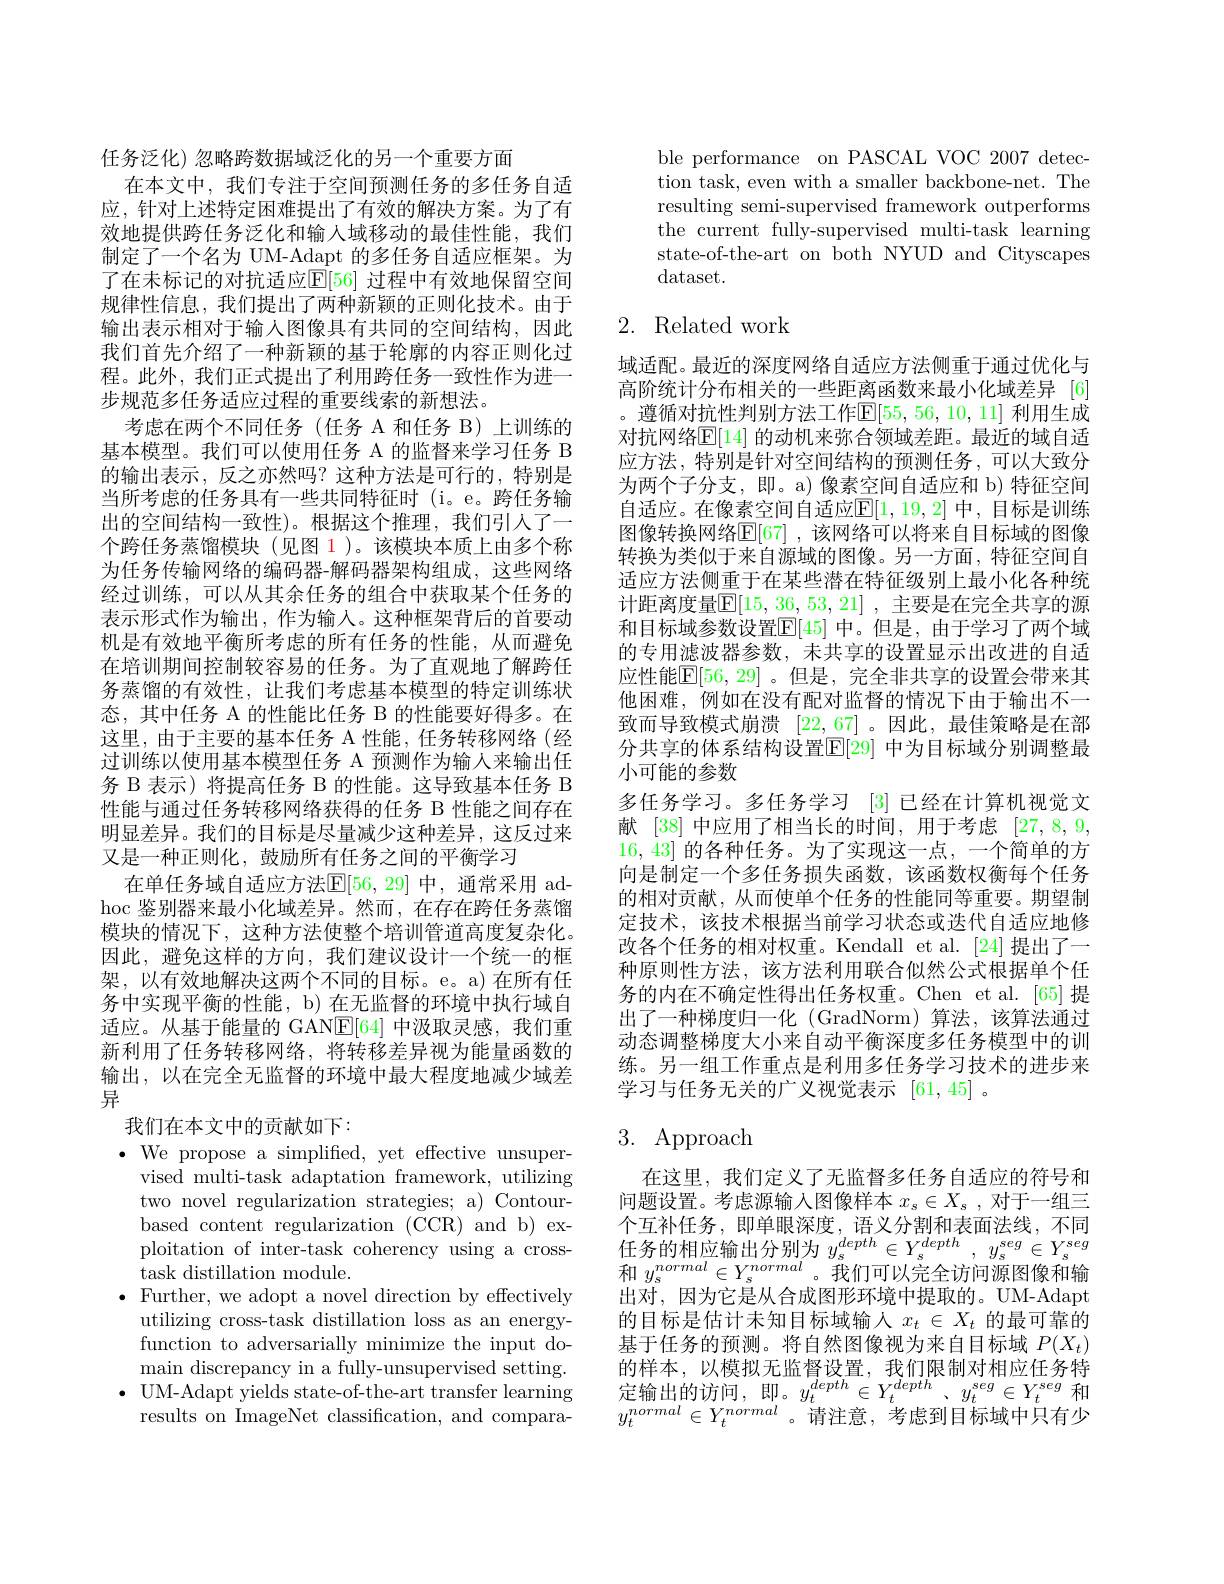
任务泛化) 忽略跨数据域泛化的另一个重要方面
在本文中，我们专注于空间预测任务的多任务自适应，针对上述特定困难提出了有效的解决方案。为了有效地提供跨任务泛化和输入域移动的最佳性能，我们制定了一个名为 UM-Adapt 的多任务自适应框架。为了在未标记的对抗适应$\mathbb{E}[56]$ 过程中有效地保留空间规律性信息，我们提出了两种新颖的正则化技术。由于输出表示相对于输人图像具有共同的空间结构，因此我们首先介绍了一种新颖的基于轮廓的内容正则化过程。此外，我们正式提出了利用跨任务一致性作为进一步规范多任务适应过程的重要线索的新想法。
考虑在两个不同任务(任务 A 和任务 B) 上训练的基本模型。我们可以使用任务 A 的监督来学习任务 B 的输出表示，反之亦然吗？这种方法是可行的，特别是当所考虑的任务具有一些共同特征时 (i。e。跨任务输出的空间结构一致性)。根据这个推理，我们引人了一个跨任务蒸馏模块(见图 1)。该模块本质上由多个称为任务传输网络的编码器-解码器架构组成，这些网络经过训练，可以从其余任务的组合中获取某个任务的表示形式作为输出，作为输入。这种框架背后的首要动机是有效地平衡所考虑的所有任务的性能，从而避免在培训期间控制较容易的任务。为了直观地了解跨任务蒸馏的有效性，让我们考虑基本模型的特定训练状态，其中任务 A 的性能比任务 B 的性能要好得多。在这里，由于主要的基本任务 A 性能，任务转移网络(经过训练以使用基本模型任务 A 预测作为输人来输出任务 B 表示) 将提高任务 B 的性能。这导致基本任务 B 性能与通过任务转移网络获得的任务 B 性能之间存在明显差异。我们的目标是尽量减少这种差异，这反过来又是一种正则化，鼓励所有任务之间的平衡学习
在单任务域自适应方法$\mathbb{E}[56,29]$ 中，通常采用 ad- $\operatorname{hoc}$鉴别器来最小化域差异。然而，在存在跨任务蒸馏模块的情况下，这种方法使整个培训管道高度复杂化。因此，避免这样的方向，我们建议设计一个统一的框架，以有效地解决这两个不同的目标。e。a)在所有任务中实现平衡的性能，b) 在无监督的环境中执行域自适应。从基于能量的 GANE[64]中汲取灵感，我们重新利用了任务转移网络，将转移差异视为能量函数的输出，以在完全无监督的环境中最大程度地减少域差异
我们在本文中的贡献如下：
$\cdot$ We propose a simplified, yet effective unsuper-
vised multi-task adaptation framework, utilizing two novel regularization strategies; a) Contourbased content regularization (CCR) and b) exploitation of inter-task coherency using a crosstask distillation module.
$\bullet$ Further, we adopt a novel direction by effectively
utilizing cross-task distillation loss as an energyfunction to adversarially minimize the input domain discrepancy in a fully-unsupervised setting.
$\bullet$ UM-Adapt yields state-of-the-art transfer learning
results on ImageNet classification, and compara-

ble performance on PASCAL VOC 2007 detection task, even with a smaller backbone-net. The resulting semi-supervised framework outperforms the current fully-supervised multi-task learning state-of-the-art on both NYUD and Cityscapes dataset.

## 2. Related work

域适配。最近的深度网络自适应方法侧重于通过优化与高阶统计分布相关的一些距离函数来最小化域差异 [6] 。遵循对抗性判别方法工作$\mathbb{E}[55,56,10,11]$ 利用生成对抗网络$\mathbb{E}[14]$ 的动机来弥合领域差距。最近的域自适应方法，特别是针对空间结构的预测任务，可以大致分为两个子分支，即。a)像素空间自适应和 b) 特征空间自适应。在像素空间自适应$\mathbb{E}[1,19,2]$ 中，目标是训练图像转换网络$\mathbb{E}[67]$ ,该网络可以将来自目标域的图像转换为类似于来自源域的图像。另一方面，特征空间自适应方法侧重于在某些潜在特征级别上最小化各种统计距离度量$[\mathbb{E}[15,36,53,21]$ ,主要是在完全共享的源和目标域参数设置$\mathbb{E}[45]$ 中。但是，由于学习了两个域的专用滤波器参数，未共享的设置显示出改进的自适应性能$\mathbb{E}[56,29]$ 。但是，完全非共享的设置会带来其他困难，例如在没有配对监督的情况下由于输出不一致而导致模式崩溃[22,67] 。因此，最佳策略是在部分共享的体系结构设置$\overline{\mathbb{E}}[29]$ 中为目标域分别调整最小可能的参数
多任务学习。多任务学习[3]已经在计算机视觉文献[38]中应用了相当长的时间，用于考虑[27,8,9, 16,43]的各种任务。为了实现这一点，一个简单的方向是制定一个多任务损失函数，该函数权衡每个任务的相对贡献，从而使单个任务的性能同等重要。期望制定技术，该技术根据当前学习状态或迭代自适应地修改各个任务的相对权重。Kendall et al.[24] 提出了一种原则性方法，该方法利用联合似然公式根据单个任务的内在不确定性得出任务权重。Chen et al.[65]提出了一种梯度归一化 (GradNorm)算法，该算法通过动态调整梯度大小来自动平衡深度多任务模型中的训练。另一组工作重点是利用多任务学习技术的进步来学习与任务无关的广义视觉表示[61,45] 。

# 3. Approach

在这里，我们定义了无监督多任务自适应的符号和问题设置。考虑源输入图像样本$x_s\in X_s$ ,对于一组三个互补任务，即单眼深度，语义分割和表面法线，不同任务的相应输出分别为$y_s^{depth}\in Y_s^{depth},y_s^{seg}\in Y_s^{seg}$ 和$y_s^{normal}\in Y_s^{normal}$。我们可以完全访问源图像和输出对，因为它是从合成图形环境中提取的。UM-Adapt 的目标是估计未知目标域输人$x_t\in X_t$的最可靠的基于任务的预测。将自然图像视为来自目标域$P(X_t)$ 的样本，以模拟无监督设置，我们限制对相应任务特定输出的访问，即。$y_t^{depth}\in Y_t^{depth},y_t^{seg}\in Y_t^{seg}$和$y_t^{normal}\in Y_t^{normal}$。请注意，考虑到目标域中只有少